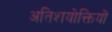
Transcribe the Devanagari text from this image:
अतिशयोक्तियों